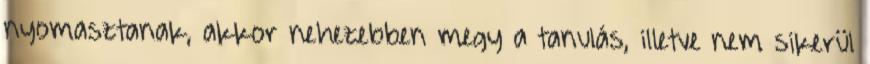
nyomasztanak, akkor nehezebben megy a tanulás, illetve nem sikerül